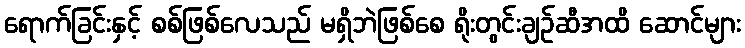
ရောက်ခြင်းနှင့် စစ်ဖြစ်လေသည် မရှိဘဲဖြစ်စေ ရိုးတွင်းချဉ်ဆီအထိ ဆောင်များ